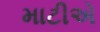
માટીએ